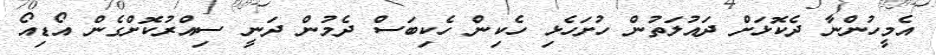
އެމީހުންނާ ދެކޮޅަށް ދައުލަތުން ހުށަހެޅި ހެކިން ހެކިބަސް ދެމުން ދަނީ ސިއްރުކޮށްގެން އޯޑިއޯ